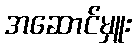
အဆောင်မှူး